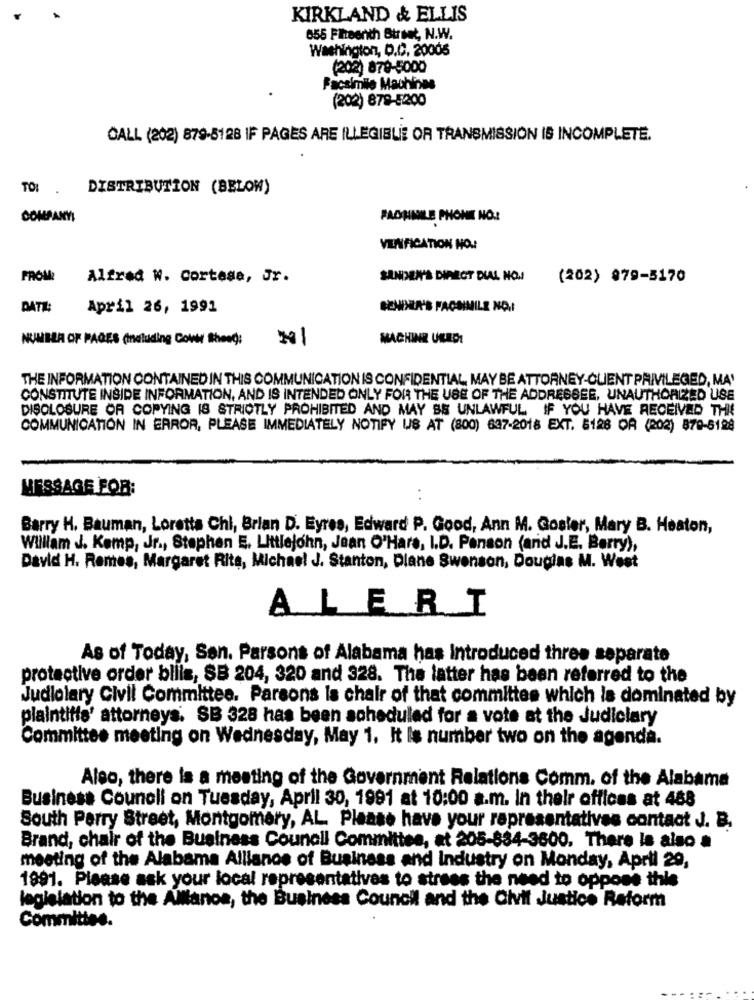
KIRKLAND && ELLIS
655 Fineenth Street, N.W.
Washington, D.C. 20005
(202) 878-5000
Facsimile Machines
(202) 878-5200
CALL (202) 879-5128 IF PAGES ARE ILLEGIBLE OR TRANSMISSION IS INCOMPLETE.
TOI.
DISTRIBUTION (BELOW)
COMPANY!
PACHMILE PHONIE NO.
VILIFICATION NO.
FROM:
Alfred W. Cortese, Jr.
SANDMEN'S DIRECT DIAL NO.
(202) 879-5170
DATIL:
April 26, 1991
SENDER'S FACSIMILE NO.I
NUMBER OF PAGES (including Cover Bhos): 201
MACHINE USED!
THE INFORMATION CONTAINED IN THIS COMMUNICATION IS CONFIDENTIAL MAY BE ATTORNEY-CLIENT PRIVILEGED, MA'
CONSTITUTE INSIDE INFORMATION, AND IS INTENDED ONLY FOR THE USE OF THE ADDRESSEE, UNAUTHORIZED USE
DISCLOSURE OR COPYING IS STRICTLY PROHIBITED AND MAY BE UNLAWFUL IF YOU HAVE RECEIVED THE
COMMUNICATION IN ERROR, PLEASE IMMEDIATELY NOTIFY US AT (800) 637-2018 EXT. 5128 OR (202) 870-8128
MESSAGE FOR:
:
Barry H. Bauman, Loretta Chi, Brian D. Eyres, Edward P. Good, Ann M. Goster, Mary B. Heaton,
William J. Kemp, Jr ., Stephan E. Littlejohn, Jean O'Hara, I.D. Penson (and J.E. Berry),
David H. Remes, Margaret Rita, Michael J. Stanton, Dlane Swenson, Douglas M. West
ALERI
As of Today, Sen. Parsons of Alabama has Introduced three separate
protective order bliis, SB 204, 320 and 328. The latter has been referred to the
Judiolary Civil Committee. Parsons Is chair of that committee which is dominated by
plaintiffs' attorneys. SB 328 has been scheduled for a vote at the Judiciary
Committee meeting on Wednesday, May 1. It is number two on the agenda.
Also, there is a meeting of the Government Relations Comm. of the Alabama
Business Council on Tuesday, April 30, 1991 at 10:00 a.m. In their offices at 488
South Parry Street, Montgomery, AL. Please have your representatives contact J. B.
Brand, chair of the Business Council Committee, at 205-834-3600. There Is also a
meeting of the Alabama Alliance of Business and Industry on Monday, April 29,
1991. Please ask your local representatives to strees the need to oppose this
legislation to the Alllanos, the Business Council and the Civil Justice Reform
Committee.